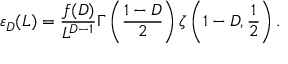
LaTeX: \varepsilon _ { D } ( L ) = \frac { f ( D ) } { L ^ { D - 1 } } \Gamma \left( \frac { 1 - D } { 2 } \right) \zeta \left( 1 - D , \frac 1 { 2 } \right) .